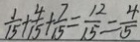
\frac { 1 } { 1 5 } + \frac { 4 } { 1 5 } + \frac { 7 } { 1 5 } = \frac { 1 2 } { 1 5 } = \frac { 4 } { 5 }